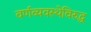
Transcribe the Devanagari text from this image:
वर्णव्यवस्थेविरुद्ध